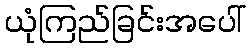
ယုံကြည်ခြင်းအပေါ်